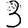
Digit: 3